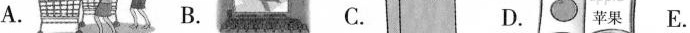
A. B. C. D. E.